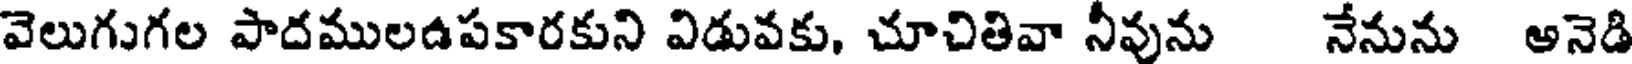
వెలుగుగల పాదములడపకారకుని విడువకు, చూచితివా నీవును నేనును అనెడి